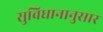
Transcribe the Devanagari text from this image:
सुविधानानुसार